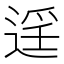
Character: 𨓮